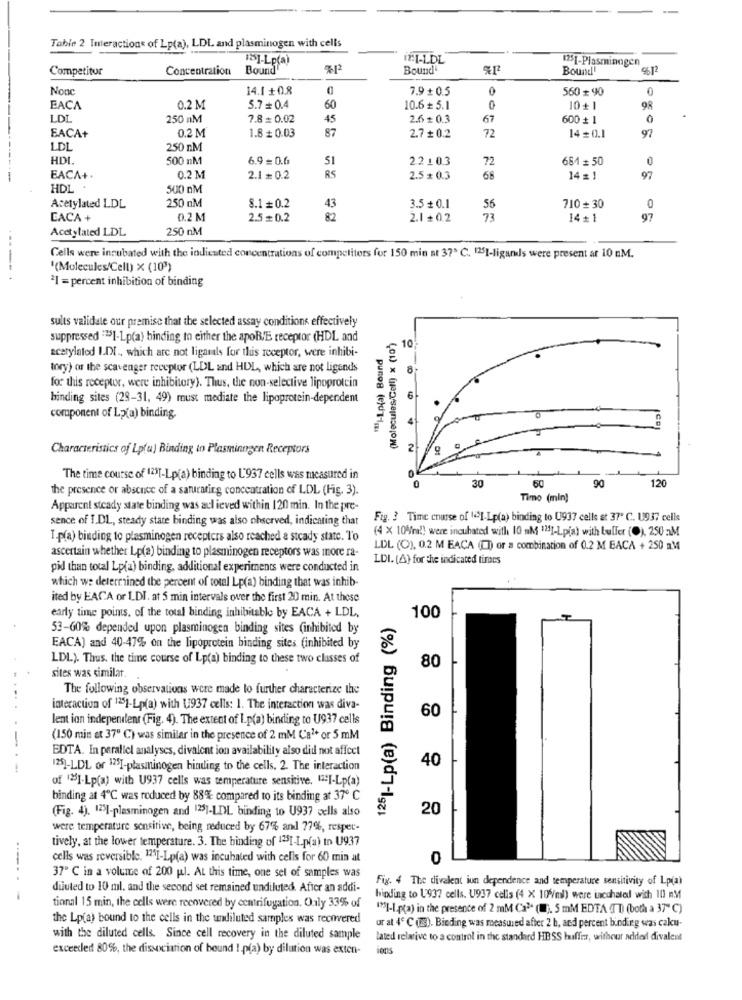
Table 2 Interactions of Lp(a), LDL and plasminogen with cells
12]-Lp(a)
ITT-LDL
21%
1751-Plasminogen
Competitor
Concentration
Bound
712
Bound
Bound'
%6.12
Nonc
14.1 +0.8
7.9 + 0.5
0
560 + 90
EACA
0.2 M
5.7= 0.4
60
10.6 + 5.1
0
10+1
98
LD
250 nM
7.8 = 0.02
45
2.6 + 0.3
67
600 + 1
0
0.2 M
87
97
EACA+
1.8 + 0.03
2.7 + 0.2
72
14= 0.1
LDL
250 nM
HD
500 nM
6.9= 0.6
51
22103
72
664 = 50
RS
-
EACA+.
0.2 M
2.1+ 0.2
2.5 + 0.3
68
14 =
97
HDL
500 nM
250 nM
Acetylated LDL
8.1 = 0.2
43
3.5 + 0.1
56
710 + 30
0
CACA
0.2 M
2.5 = 0.2
82
2.1 +0.2
73
14+1
97
Acetylated LDL
250 nM
Cells were incubated with the indiested concentrations of competiters for 150 min at 37º C. 1251-ligands were present ar 10 nM.
'(Molecules/Cell) x (103)
---- +
2I = percent inhibition of binding
sults validate our premise that the selected assay conditions effectively
suppressed =251-Lp(a) binding to either the apoB/E receptor (HDL and
10
"2]-Lp(a) Bound
(Molecules,Cell) x (1
acetylalod I.D. , which are not ligarals for this receptor, were inhibi-
tory) or the scavenger receptor (LDL and HUL, which are not ligands
8
for this receptor, were inhibitory). Thus, the non-selective lipoprotein
binding sites (29-31, 49) must mediate the lipoprotein-dependent
6
component of Lp(a) binding.
Characteristics of Lptu) Binding to Plasminngen Receptors
The time course of 125[-Lp(a) binding to L'937 cells was measured in
30
90
120
the presence or absence of a saturating concentration of LDL (Fig. 3).
0
60
Timo (min)
Apparent steady state binding was acl ieved within 120 min. In the pre-
sence of 1.DL, steady state binding was also ohserved, indicating that
Fig. 3 Time course of 1.1.Lp(a) binding to U937 cells at 37º C. U937 cells
(4 X 104/m!) were incubated with IG M 125]-Lpia) with buffer (0), 250 aM
T.p(a) binding to plasminogen receptors also reached a steady state. To
LDL (C), 0.2 M EACA (0) or a combination of 0.2 M BACA + 250 mM
ascertain whether Lp(a) binding to plasminogen receptors was more ra-
LDI. (A) for the indicated times
pid than total Lp(a) binding, additional experiments were conducted in
which we determined the percent of total Lp(a) binding that was inhib-
ited by EACA or LDI. at 5 min intervals over the first 20 min. At these
early time points. of the total binding inhibitable by EACA + LDL.
1251-Lp(a) Binding (%)
100
53-60% depended upon plasminogen binding sites (inhibited by
EACA) and 40-47% on the lipoprotein binding sites (inhibited by
LDL). Thus, the time course of Lp(a) binding to these two classes of
80
sites was similar.
The following observations were made to further characterize the
interaction of 1251-Lp(a) with U937 cells: 1. The interaction was diva-
lent ian indeperlent (Fig. 4). The extent of I.p(a) binding to U937 calls
60
(150 min et 37" C) was similar in the presence of 2 mM Ca2+ or 5 mM
EDTA. In parallel analyses, divalent ion availability also did not affect
40
125]-LDL or 125]-plasminogen hinding to the cells. 2. The interaction
of "251-Lp(a) with U937 cells was temperature sensitive. "I-Lp(a)
binding at 4℃ was reduced by 88% compared to its binding at 37 ℃
20
(Fig. 4). 125]-plasminogen and 1251-LDL binding to U937 cells also
were temperature sensitive, being reduced by 67% and 77%, respec-
tively, at the lower temperature. 3. The binding of 12.51-Lp(a) In U937
cells was reversible. 1251-Lp(a) was incubated with cells for 60 min at
0
---
37" C in a volume of 200 pl. At this time, one set of samples was
Fig. 4 The divalent iun dependence and temperature sensitivity of Lp(al
duuted to 10 ml, and the second set remained undiluted. After an addi-
binding to U937 cells. U937 cells (4 X 10/ml) were incuhated with 10 mM
tional 15 min, the cells were recovered by centrifugation. Only 33% of
"SI-1-pta) in the presence of 2 mM Ca2 (1}. 5 mM EDTA (IT) (both a 37" ℃)
the Lp(a) bound to the cells in the undiluted samples was recovered
ur at 4 ℃ (23). Binding was measured after 2 b, and percent binding was calcu-
with the diluted cells. Since cell recovery in the diluted sample
Lated relative to a control in the standard HBSS buffer, withour added divalent
exceeded 80%, the dissociation of bound !. p(a) by dilution was exten-
iens